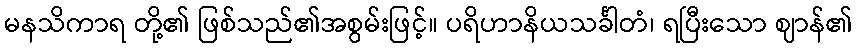
မနသိကာရ တို့၏ ဖြစ်သည်၏အစွမ်းဖြင့်။ ပရိဟာနိယသင်္ခါတံ၊ ရပြီးသော ဈာန်၏